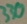
Text: 330